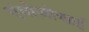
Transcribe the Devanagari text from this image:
एंथोज़ोआई